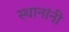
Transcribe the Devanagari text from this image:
स्थानांनी